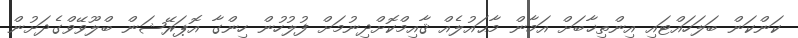
ކަންކަން ބަލަހައްޓައި އިންތިޚާބަށް އަމާން މާޙައުލެއް ޤާއިމްކޮށްދިނުމަށް ފުލުހުން ހިންގާ އޮޕަރޭޝަން ބްލޫވޭވްގެދަށުން